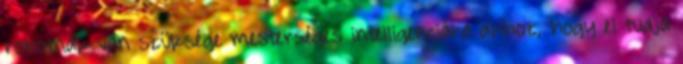
robotnak van szüksége mesterséges intelligenciára ahhoz, hogy el tudja